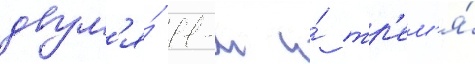
двум'я́ 11-м и́ тр'ем'я́